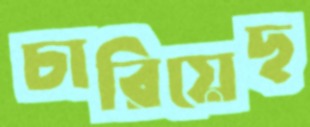
চারিয়েছ